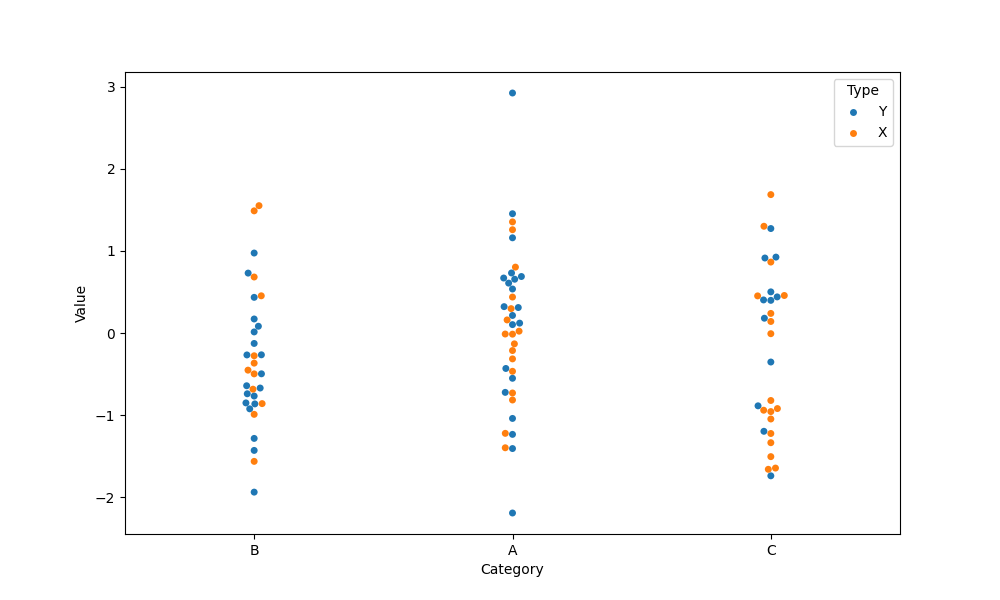
python, seaborn, swarmplot, dodge=False, alpha=1.0, size=5